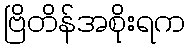
ဗြိတိန်အစိုးရက